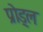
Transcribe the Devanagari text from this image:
प्रोड्ल